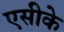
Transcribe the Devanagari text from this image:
एसीके